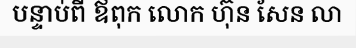
បន្ទាប់ពី ឪពុក លោក ហ៊ុន សែន លា